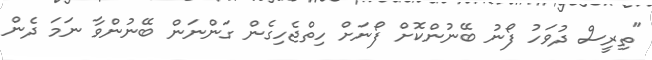
"ތިރީސް ދުވަހު ފޯނު ބޭނުންކޮށް ފޯނަށް ހިތްޖެހިގެން ގަންނަން ބޭނުންވާ ނަމަ ދެން